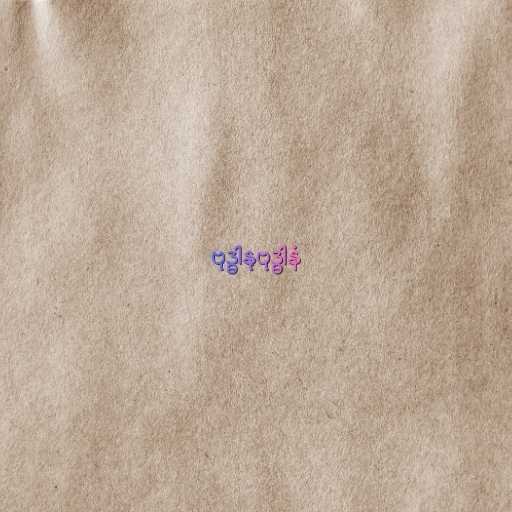
ဗုဒ္ဓါနုဗုဒ္ဓါနံ